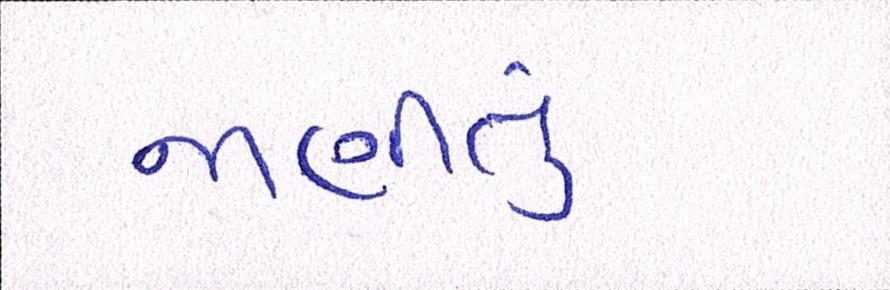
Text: જાણીતુ